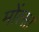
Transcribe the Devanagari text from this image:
मोंत्सा